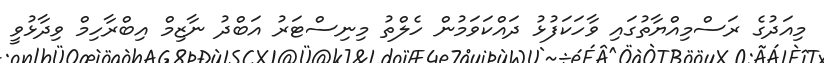
މިއަދުގެ ރަސްމިއްޔާތުގައި ވާހަކަފުޅު ދައްކަވަމުން ހެލްތު މިނިސްޓަރު އަބްދު ނާޒިމް އިބްރާހިމް ވިދާޅުވީ